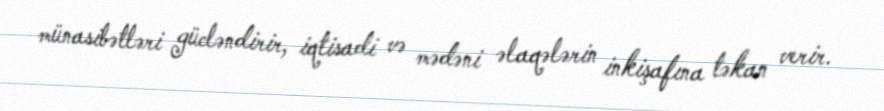
münasibətləri gücləndirir, iqtisadi və mədəni əlaqələrin inkişafına təkan verir.